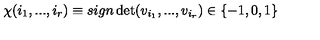
\chi ( i _ { 1 } , . . . , i _ { r } ) \equiv s i g n \det ( v _ { i _ { 1 } } , . . . , v _ { i _ { r } } ) \in \{ - 1 , 0 , 1 \}